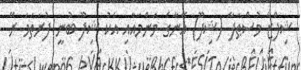
ޝިފްޒާ މުސްޠަފާ (ޝިފޫ) އޭނާގެ މަންމައާއި އެކު ޝިފޫ ބުނީ ފުރަތަމަ ރޭ